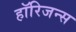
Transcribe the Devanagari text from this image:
हॉरिजन्स